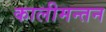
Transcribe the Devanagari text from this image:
कालीमन्तन